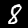
Label: 8